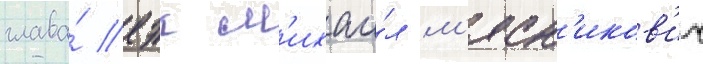
глава́ еэк м'ихаи́л м'ясн'иков'ич